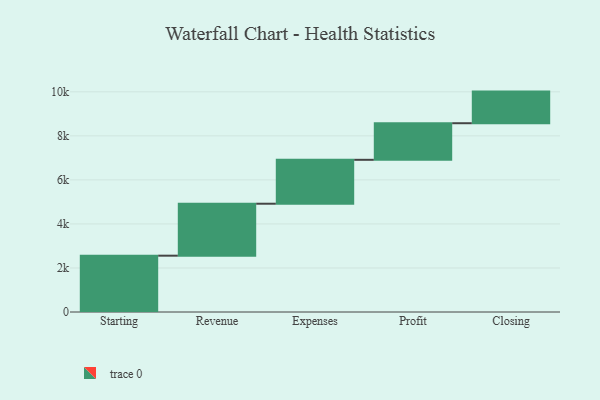
{"axis": {"x": "Step", "y": "Value"}, "legend": [""], "data": [{"x": "Starting", "y": 2558.0, "type": ""}, {"x": "Revenue", "y": 2360.0, "type": ""}, {"x": "Expenses", "y": 1994.0, "type": ""}, {"x": "Profit", "y": 1662.0, "type": ""}, {"x": "Closing", "y": 1436.0, "type": ""}]}